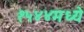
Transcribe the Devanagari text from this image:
१५४४मध्ये